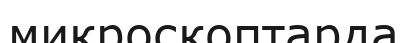
микроскоптарда